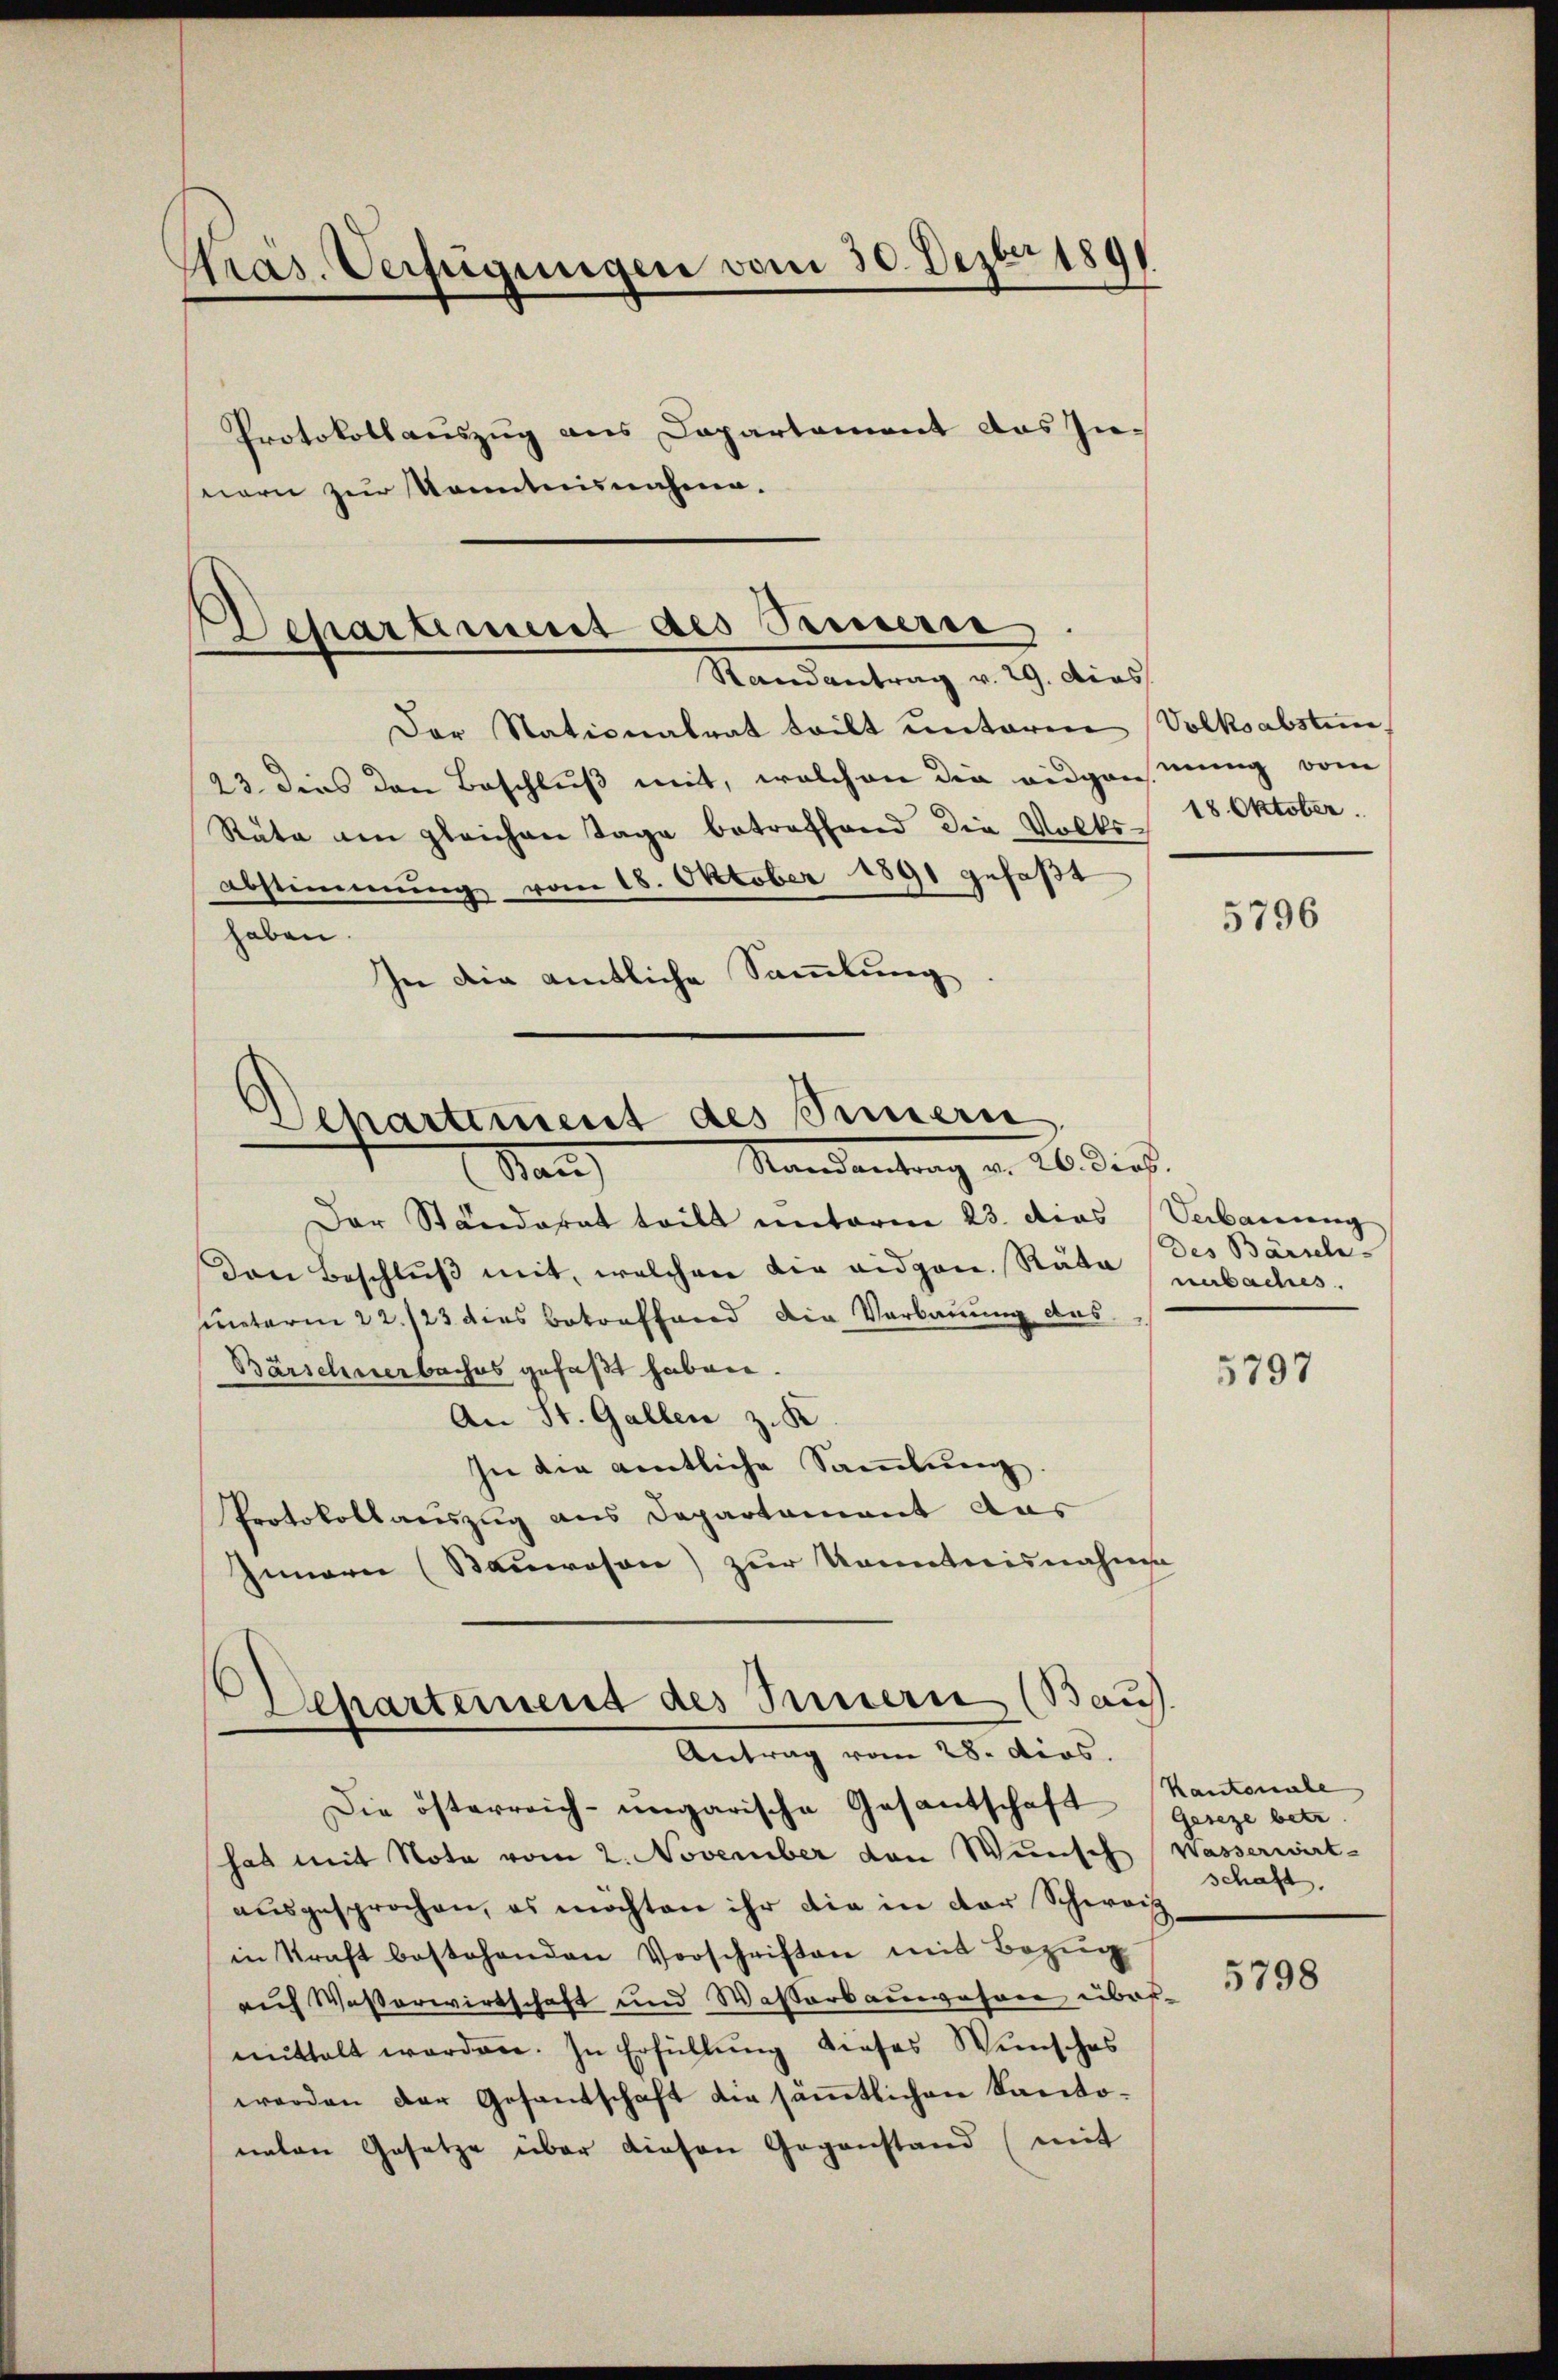
Präs. Verfügungen vom 30. Dezbr 1891
Protokollauszug aus Capartement das Innern zur Kenntnisnahme.

Departement des Samerie
Randantrag v. 29. dies

Dehartement des Sinnern
Mandantung v. 26. des

San
Der Ständerat teilt unterm 23. dies Verbauung
Den Beschlŭβ mit, welchen die eidgen. Räte unbaches.
meterm 22./23 dies betreffend die Verbauung des
Bärschnerbaches gefaßt haben.
An St. Gallen z. K.
In die amtliche Sammlung.
Protokollauszug aus Departement aus
Innern (Sauwesen) zur Kenntnisnahme
Separtement des Innern (Bauf
Antrag vom 28. dios.
Die österreich-ungarische Gesantschaft Geseze betr
hat mit Nota vom 2. November von Wunsch Wasserwirt-
ausgesprochen, es möchten ihr die in der Schweiz
in Kraft bestehenden Vorschriften mit Bezug
auf Wasserwirtschaft und Wasserbauwesen über-
mittelt worden. In Erfüllung dieses Wunsches
werden der Gesandschaft die sämmtlichen Kantoneten Gesetze über diesen Gegenstand (mit

Der Nationalrat teilt unterm Volksabsten
23. dies den Beschluß mit, welchen die eidgennung vom
Räte am gleichen Tage betreffend die Volks-18 Oktober.
abstimmung vom 18. Oktober 1891 gefaßt
haben.
In die amtliche Sammlung

5796

Des Bärsch

5797

Kantonale
schaft.

5798